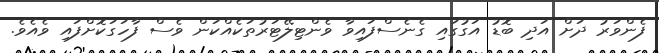
ފެންވަރު ދަށް އަދި ބޮޑު އަގުގައި ގެނެސްފައިވާ ވެންޓިލޭޓަރުތަކެއްކަން ވެސް ފާހަގަކޮށްފައި ވެއެވެ.